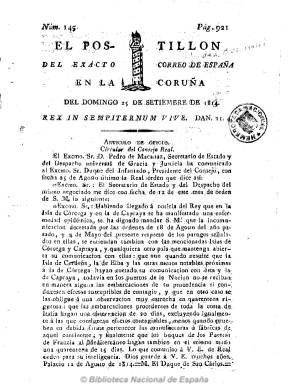
Título: Exacto correo de España en La Coruña
Otros títulos: Postillón del Exacto correo de España en La Coruña
Colección: Periódicos anteriores a 1850
Ámbito geográfico: La Coruña
Lugar de publicación: La Coruña
Fechas: 25/09/1814-30/09/1814

Pocos días antes de que las Cortes declararan la libertad de imprenta en España, el diez de noviembre de 1810, un hombre clave de la que será prensa servil y reaccionaria coruñesa, el fraile Juan Chacón, solicitará la licencia de este periódico, que empezará a publicarse el 22 de diciembre de ese año. También como redactores le acompañarán fray Nicolás de Castro y el mercedario y futuro obispo de Málaga Manuel Martínez Ferro (1774-1827).

Nace este periódico para combatir la Constitución y se distinguirá por el odio a todo lo liberal. Publicará artículos de fondo, doctrinales, de oficio y comunicados, noticias de España y del extranjero, extractos de las Cortes, operaciones de la guerra, anuncios, etc.

En marzo de 1811 se suspenderá, y reaparece el dos de abril de este año, pasando a estamparse de la imprenta de Prieto a la de Antonio Rodríguez. También se imprimirá en la de Manuel María de Vila, sumándose Nicolás de Castro a Juan Chacón como coeditor, y Manuel Martínez Ferro, como director.

Sobre este título y el de Postillón del Exacto correo de España en La Coruña, que pudo comenzar a publicarse precisamente en marzo de 1811 no se han puesto de acuerdo los hemerógrafos si se trata de un mismo periódico, si hay que tratarlo como si fueran distintos o corresponde la segunda cabecera a un suplemento de la primera, tal como deja indicado Enrique Santos Gayoso.

Por su parte, Checa Godoy es de la opinión de que uno y otro título alternan su salida. El caso es que ambos insertarán en su cabecera el mismo grabado de la Torre de Hércules, son obra del mismo grupo de religiosos absolutistas, llegan a ser estampados en la misma imprenta propia, la del Exacto Correo, de la que es propietario el mismo Juan Chacón, y compartirán la misma numeración y paginación continuada.

De tal forma que la combinación del primero, que durante su primera etapa de existencia apareció diario, y que después sería bisemanal, con el segundo, que lo fue trisemanal y a través del cual se combatía a los liberales con más virulencia, toda la semana llegó a estar ocupada con una edición: los martes, viernes y domingos, en números de ocho páginas; los lunes, de dos páginas; y los miércoles, jueves y sábados, de cuatro páginas. Hasta que el uno de octubre de 1814 ambos títulos sean continuados por uno solo: Diario exacto de España en La Coruña.